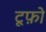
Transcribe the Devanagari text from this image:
टूफ़ो